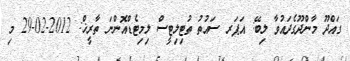
ގައްދޫ މާންދޫގެދައުވާ ލިބޭ: އަޕަރ ސައުތު ތުޓިލިޓީސް ލިމިޓެޑްއޮންނަ ތާރީޚް: 2012-02-29 މި